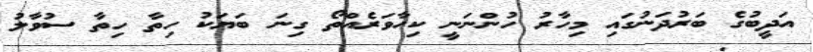
އަދީބުގެ ބަރުދަނުގައި މިހާރު ހުންނަނީ ކިހާވަރެއްތޯ ގިނަ ބަޔަކު ހިތާ ހިތާ ސުވާލު